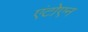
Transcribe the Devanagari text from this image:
एंटोएन